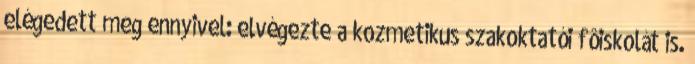
elégedett meg ennyivel: elvégezte a kozmetikus szakoktatói fôiskolát is.